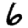
Digit: 6